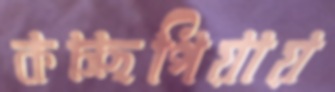
কচ্ছপিয়ায়